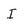
Character: I